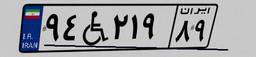
۹۴W۲۱۹۸۹